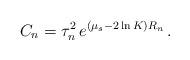
LaTeX: \begin{align*}C_n = \tau_n^2 \, e^{ (\mu_s - 2\ln K)R_n } \, .\end{align*}